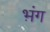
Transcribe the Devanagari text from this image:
भ़ंग